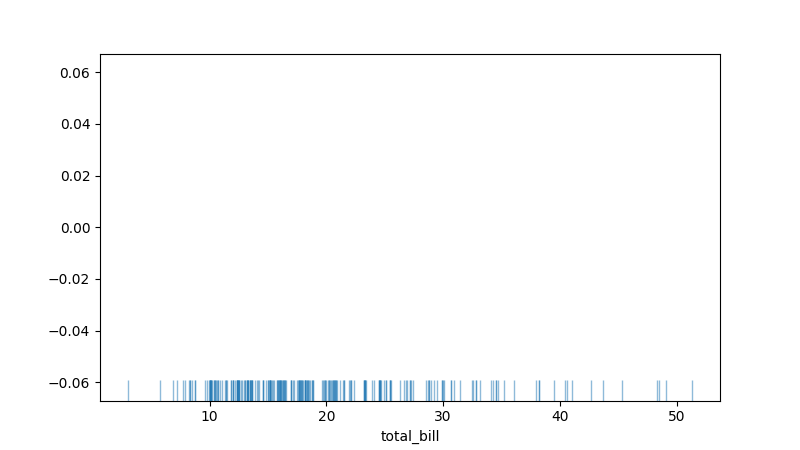
python, seaborn, rugplot, height=0.06, axis='x', alpha=0.5